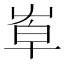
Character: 𡴙